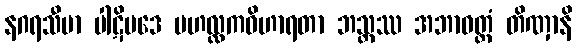
နဂရသီမာ ပါဋိပဒေ မဟလ္လကဝိဟာရတာ ဘသ္တဿ အဘာဝတ္တံ တိဏှာနိ